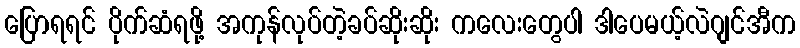
ပြောရရင် ပိုက်ဆံရဖို့ အကုန်လုပ်တဲ့ခပ်ဆိုးဆိုး ကလေးတွေပါ ဒါပေမယ့်လဲဂျင်အီက